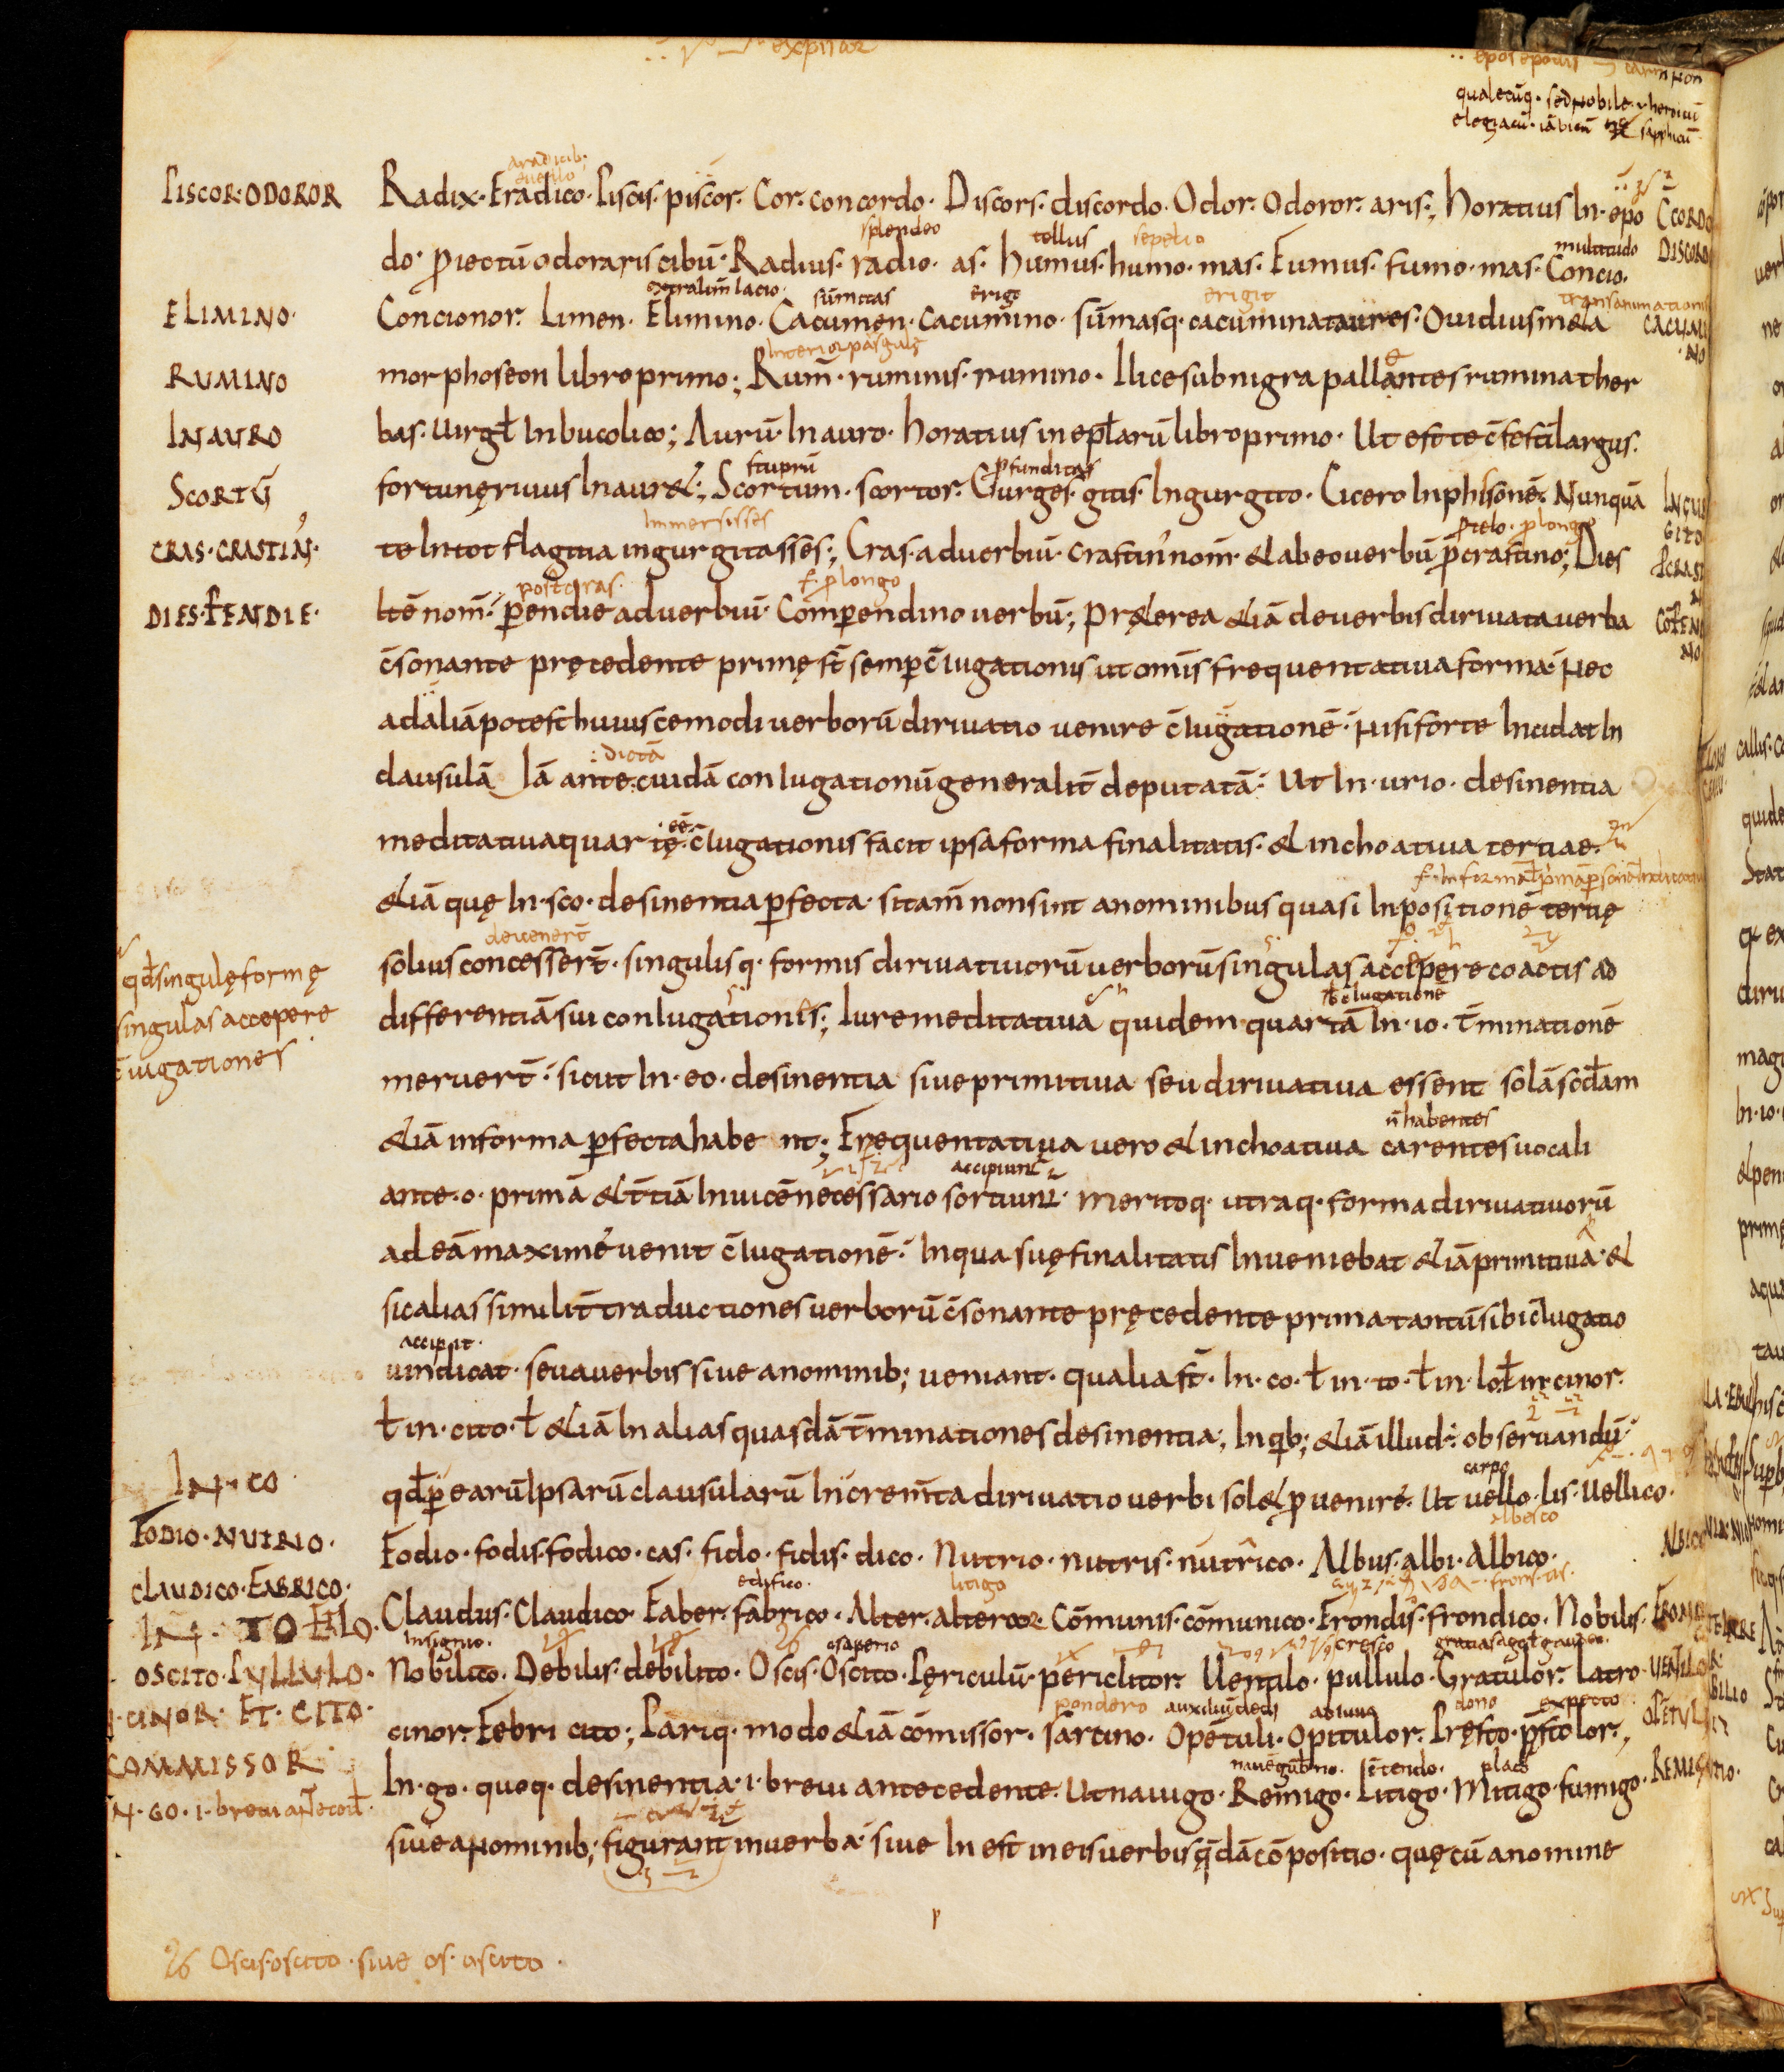
Shelfmark: Bamberg, Staatsbibliothek, MS Class. 30
Century: 9